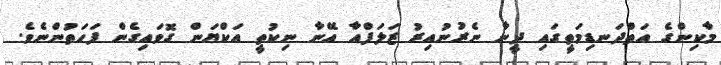
މާކިންގެ އަތްދަނޑިމަތީގައި ދީނާ ނެރުނުއިރު ޒަލަފްއާ އޭނާ ނިކުތީ އަކްޔަން ގޮވައިގެން ފަހަތުންނެވެ.